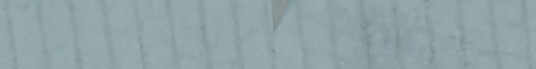
محلات هوم سنتر: أثاثك ودي